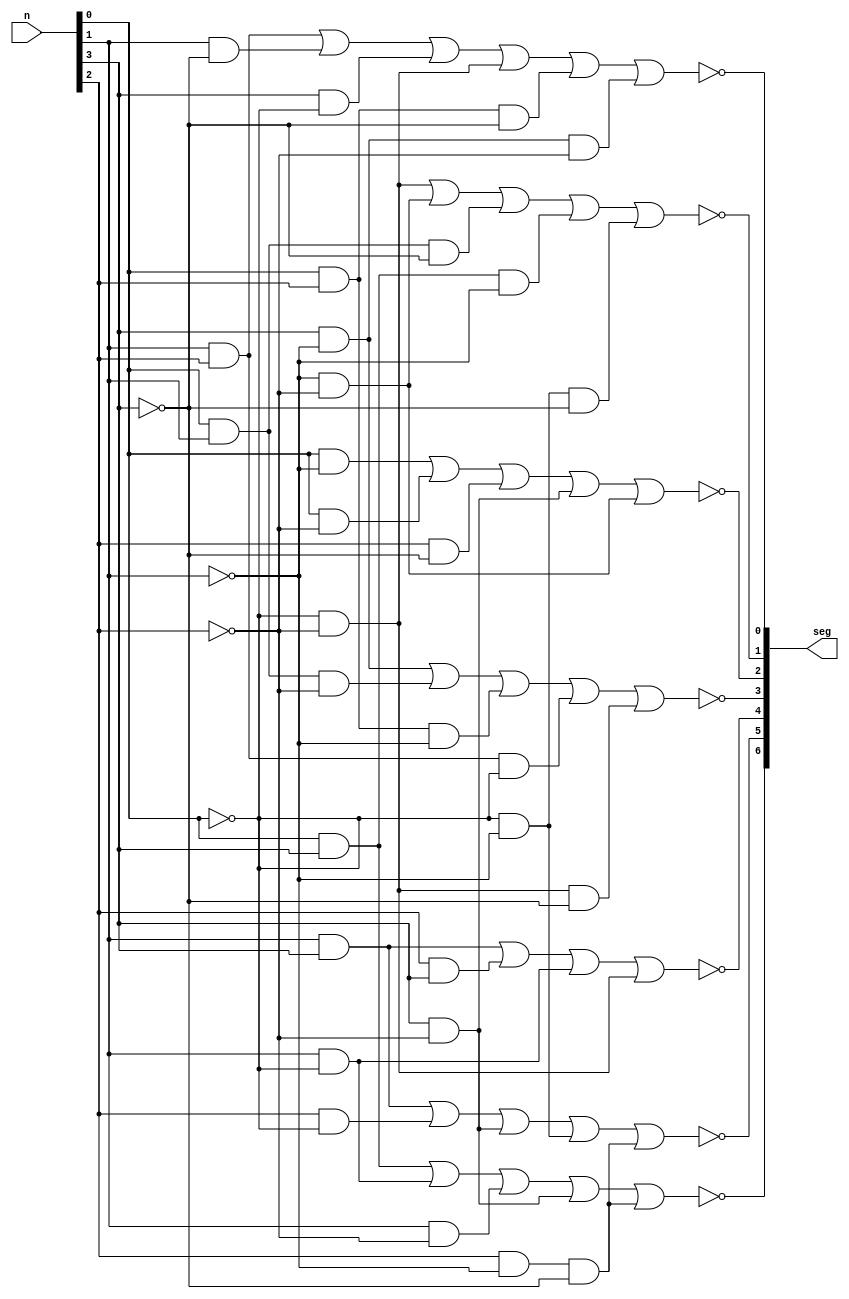
`timescale 1ns / 1ps

module Hex7Seg(
    input [3:0] n,   // 4-bit input
    output [6:0] seg // 7-bit output for 7-segment display
);
    // Segment A (CA)
    assign seg[0] = ~((n[1] & n[2]) | (n[1] & ~n[3]) | (n[3] & ~n[0]) | (~n[0] & ~n[2]) | (n[0] & n[2] & ~n[3]) | (n[3] & ~n[1] & ~n[2]));
    // Segment B (CB)
    assign seg[1] = ~((~n[0] & ~n[2]) | (~n[1] & ~n[2]) | (n[0] & n[1] & ~n[3]) | (n[0] & n[3] & ~n[1]) | (~n[0] & ~n[1] & ~n[3]));
    // Segment C (CC)
    assign seg[2] = ~((n[0] & ~n[1]) | (n[0] & ~n[2]) | (n[2] & ~n[3]) | (n[3] & ~n[2]) | (~n[1] & ~n[2]));
    // Segment D (CD)
    assign seg[3] = ~((n[3] & ~n[1]) | (n[0] & n[1] & ~n[2]) | (n[0] & n[2] & ~n[1]) | (n[1] & n[2] & ~n[0]) | (~n[0] & ~n[2] & ~n[3]));
    // Segment E (CE)
    assign seg[4] = ~((n[1] & n[3]) | (n[2] & n[3]) | (n[1] & ~n[0]) | (~n[0] & ~n[2]));
    // Segment F (CF)
    assign seg[5] = ~((n[1] & n[3]) | (n[2] & ~n[0]) | (n[3] & ~n[2]) | (~n[0] & ~n[1]) | (n[2] & ~n[1] & ~n[3]));
    // Segment G (CG)
    assign seg[6] = ~((n[0] & n[3]) | (n[1] & ~n[0]) | (n[1] & ~n[2]) | (n[3] & ~n[2]) | (n[2] & ~n[1] & ~n[3]));
endmodule